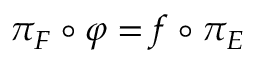
\pi _ { F } \circ \varphi = f \circ \pi _ { E }